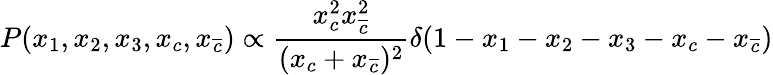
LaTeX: P(x_{1},x_{2},x_{3},x_{c},x_{\overline{{{c}}}})\propto\frac{x_{c}^{2}x_{\overline{{{c}}}}^{2}}{(x_{c}+x_{\overline{{{c}}}})^{2}}\delta(1-x_{1}-x_{2}-x_{3}-x_{c}-x_{\overline{{{c}}}})